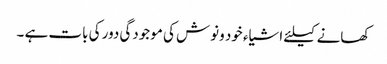
کھانے کیلئے اشیاء خود ونوش کی موجودگی دور کی بات ہے ۔